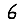
Digit: 6